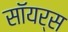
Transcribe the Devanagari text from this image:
सॉयर्स